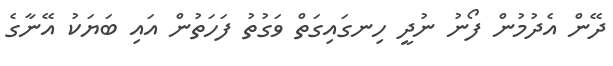
ދޭން އެދުމުން ފޯނު ނުދީ ހިނގައިގަތް ވަގުތު ފަހަތުން އައި ބަޔަކު އޭނާގެ